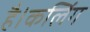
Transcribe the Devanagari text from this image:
है।कलिंग